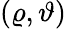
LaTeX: (\varrho,\vartheta)